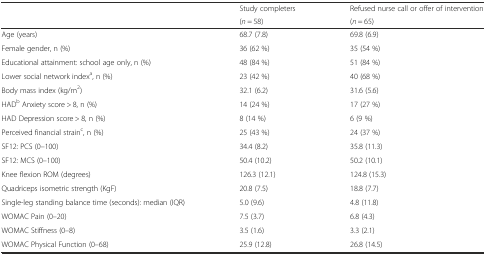
<table><thead><tr><td rowspan="2"></td><td><b>Study completers</b></td><td><b>Refused nurse call or offer of intervention</b></td></tr><tr><td><b>(<i>n</i> = 58)</b></td><td><b>(<i>n</i> = 65)</b></td></tr></thead><tbody><tr><td>Age (years)</td><td>68.7 (7.8)</td><td>69.8 (6.9)</td></tr><tr><td>Female gender, n (%)</td><td>36 (62 %)</td><td>35 (54 %)</td></tr><tr><td>Educational attainment: school age only, n (%)</td><td>48 (84 %)</td><td>51 (84 %)</td></tr><tr><td>Lower social network index<sup>a</sup>, n (%)</td><td>23 (42 %)</td><td>40 (68 %)</td></tr><tr><td>Body mass index (kg/m<sup>2</sup>)</td><td>32.1 (6.2)</td><td>31.6 (5.6)</td></tr><tr><td>HAD<sup>b</sup> Anxiety score &gt; 8, n (%)</td><td>14 (24 %)</td><td>17 (27 %)</td></tr><tr><td>HAD Depression score &gt; 8, n (%)</td><td>8 (14 %)</td><td>6 (9 %)</td></tr><tr><td>Perceived financial strain<sup>c</sup>, n (%)</td><td>25 (43 %)</td><td>24 (37 %)</td></tr><tr><td>SF12: PCS (0–100)</td><td>34.4 (8.2)</td><td>35.8 (11.3)</td></tr><tr><td>SF12: MCS (0–100)</td><td>50.4 (10.2)</td><td>50.2 (10.1)</td></tr><tr><td>Knee flexion ROM (degrees)</td><td>126.3 (12.1)</td><td>124.8 (15.3)</td></tr><tr><td>Quadriceps isometric strength (KgF)</td><td>20.8 (7.5)</td><td>18.8 (7.7)</td></tr><tr><td>Single-leg standing balance time (seconds): median (IQR)</td><td>5.0 (9.6)</td><td>4.8 (11.8)</td></tr><tr><td>WOMAC Pain (0–20)</td><td>7.5 (3.7)</td><td>6.8 (4.3)</td></tr><tr><td>WOMAC Stiffness (0–8)</td><td>3.5 (1.6)</td><td>3.3 (2.1)</td></tr><tr><td>WOMAC Physical Function (0–68)</td><td>25.9 (12.8)</td><td>26.8 (14.5)</td></tr></tbody></table>